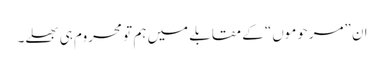
ان ”مرحوموں“ کے مقابلے میں ہم تو محروم ہی بھلے۔